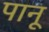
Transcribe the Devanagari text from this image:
पानू